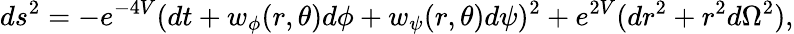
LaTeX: ds^{2}=-e^{-4V}(dt+w_{\phi}(r,\theta)d\phi+w_{\psi}(r,\theta)d\psi)^{2}+e^{2V}(dr^{2}+r^{2}d\Omega^{2}),